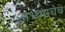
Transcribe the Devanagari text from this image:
अभंगाचेच